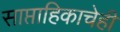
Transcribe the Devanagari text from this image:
साप्ताहिकाचेही